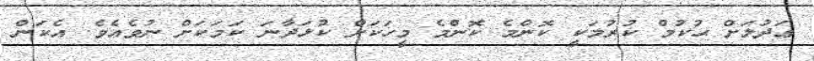
ޢަދުލަށް ޙުކުމް ކުރުމަކީ ކޮންމެ ކޮންމެ މީހަކަށް ކުޅަދާނަ ކަމަކަށް ނުވެއެވެ. އެކަން